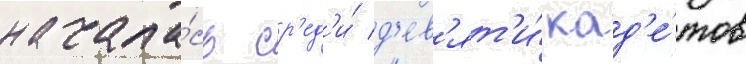
начала́сь ср'ед'и́ д'ев'ят'и́ кад'е́тов